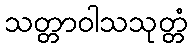
သတ္တာဝါသသုတ္တံ